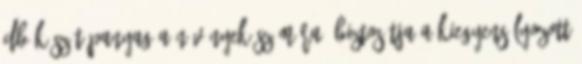
db Kész tápanyag a növények számára. Biztosítja a kiegyensúlyozott